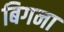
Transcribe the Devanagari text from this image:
बिगना